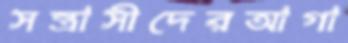
সন্ত্রাসীদেরআগা